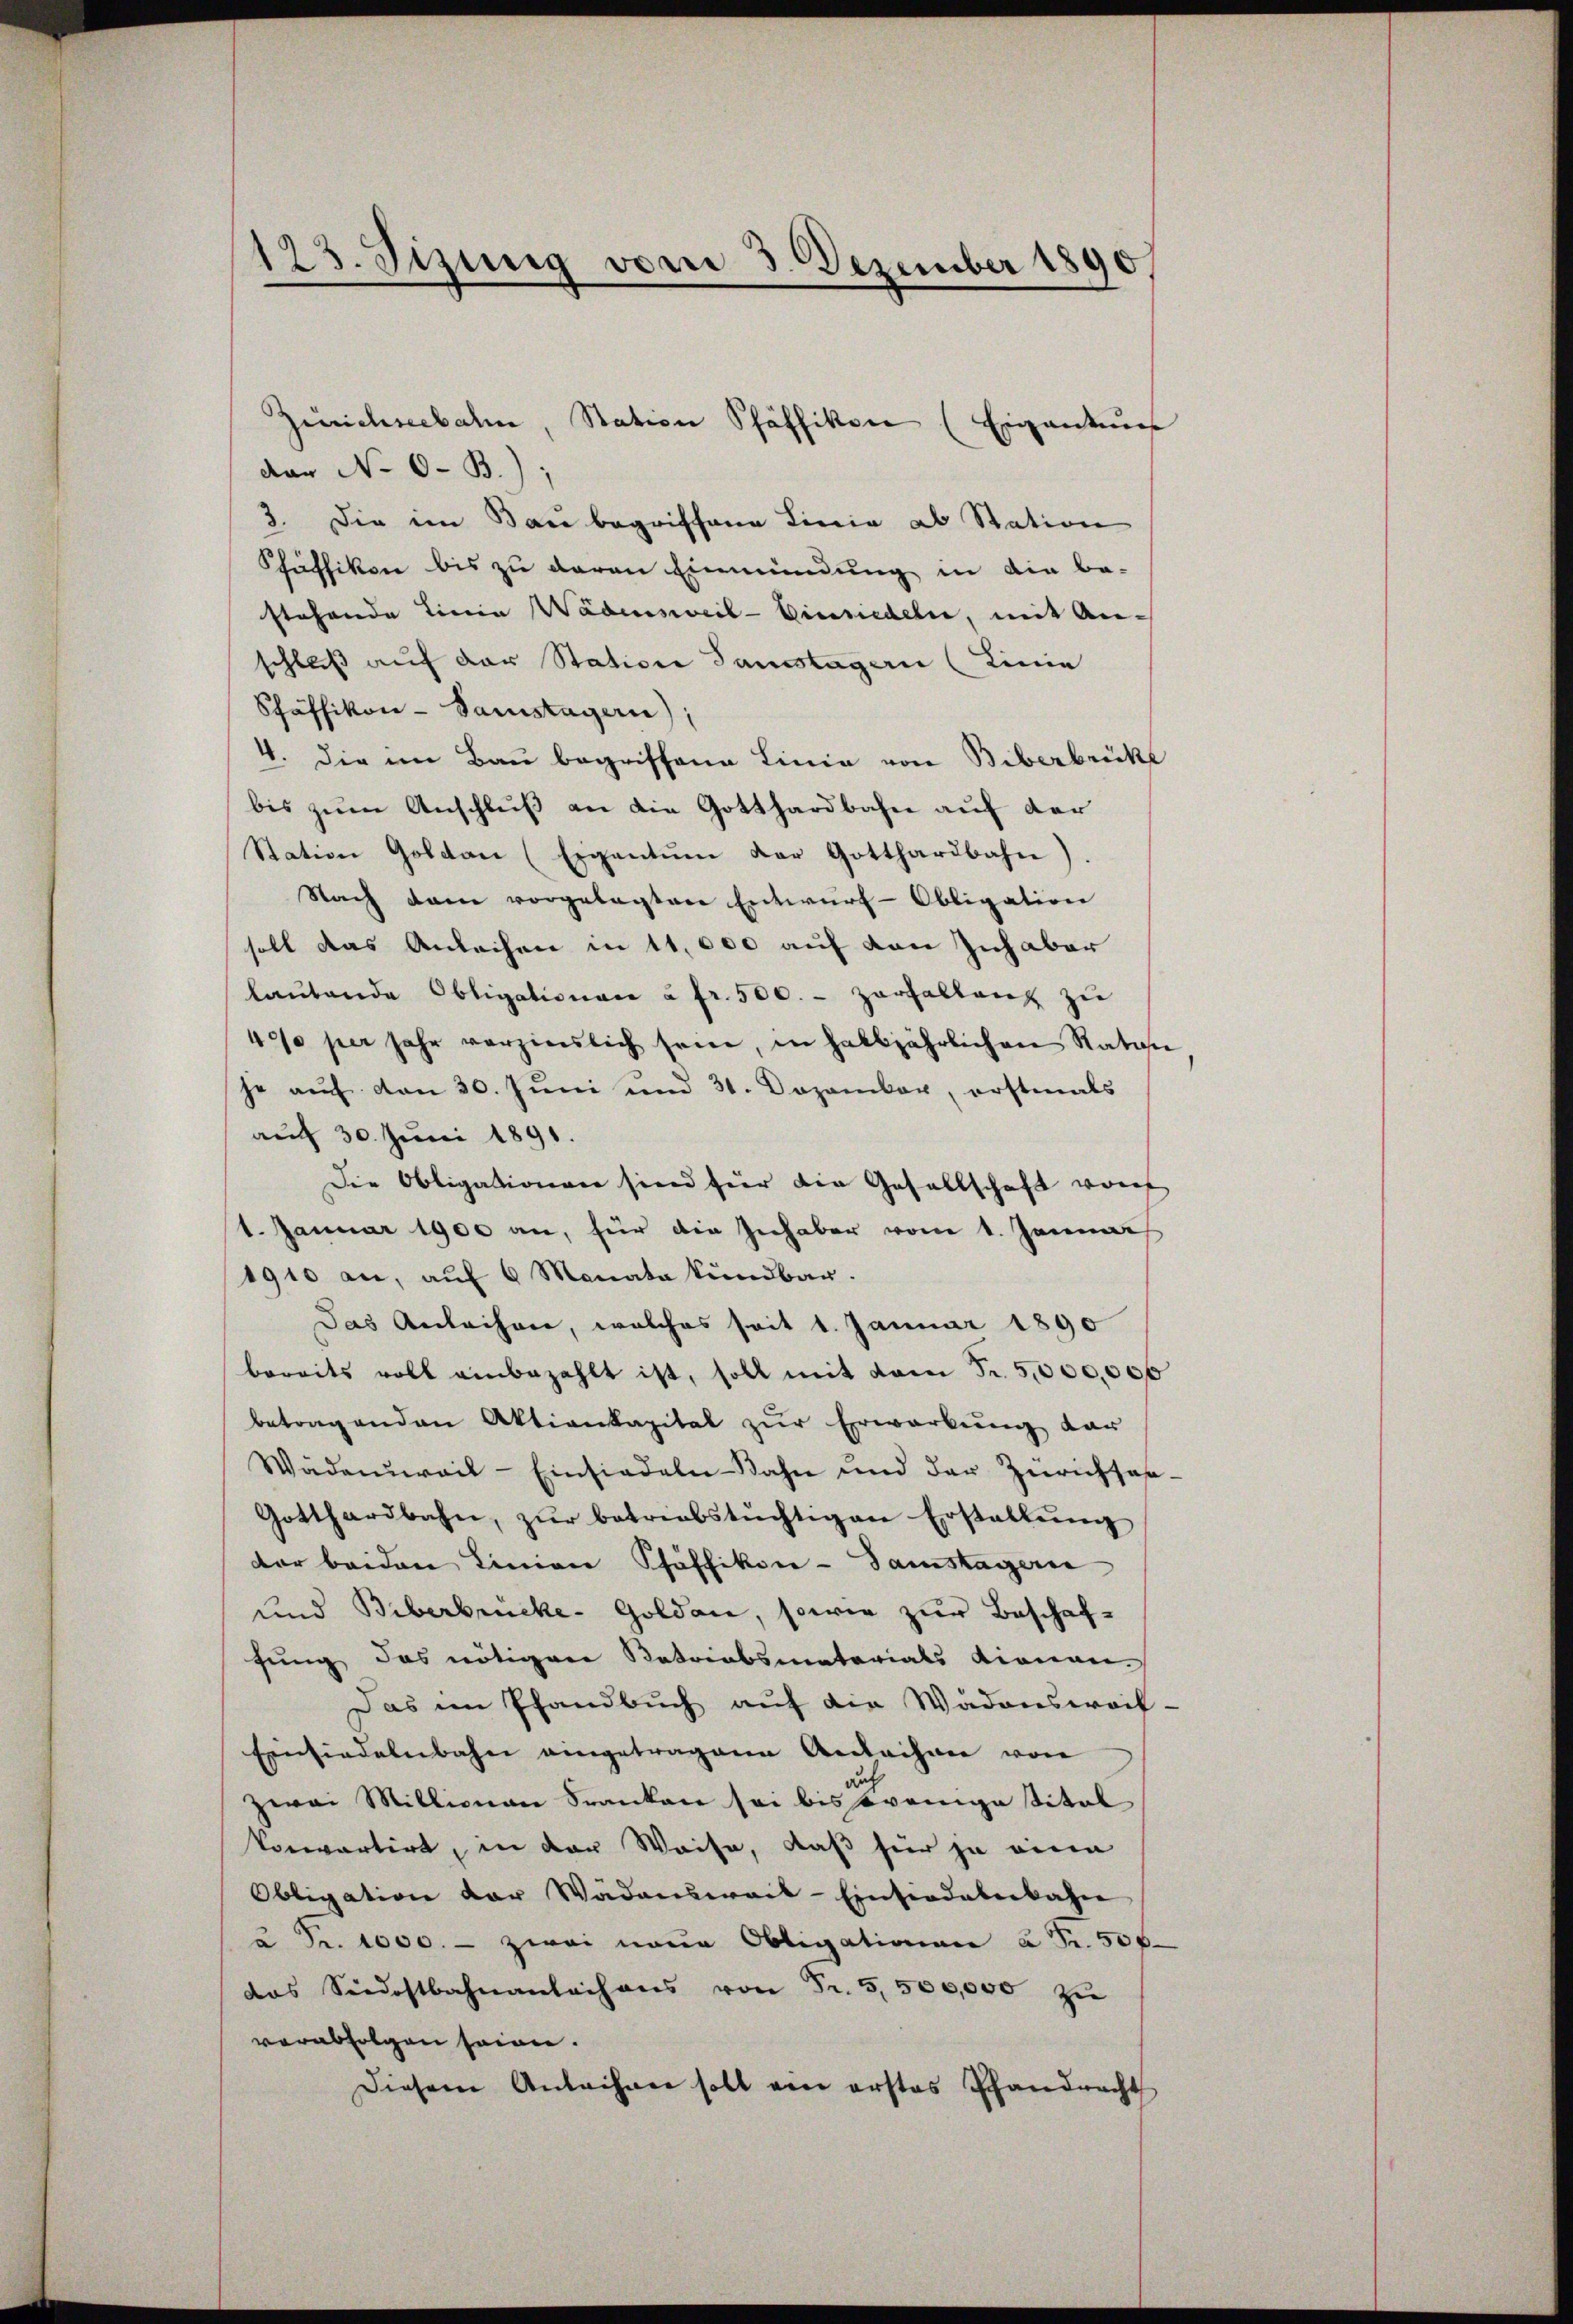
123. Jizung vom 3. Dezember 1890.

der No 0-B.);
3. Die im Bau begriffene Linie ab Station
Schäffikon bis zu daran Einmündung in die be-
stehende Linie Wädensweil–Einsiedeln, mit An-
schluß auf der Station Samstagern (Linie
Schäffikon - Samstagern),
4. die im Bau begriffene Linie von Biberbrücke
bis zŭm Anschluß an die Gotthardbahn auf der
Station Goldau (Eigentum der Gotthardbahne).
Nach dem vorgelegten Entwŭrf-Obligation
soll das Anleihen in 11,000 auf von Zuhaber
laŭtende Obligationae à fr. 500. - Zarhallenz zŭ
40/0 per sehr verzinslich sein, in halbjährlichen Ratan
je auf von 30. Juni und 31. Dezember, erstmals
auf 30. Juni 1891.
Die Obligationen sien für die Gesellschaft vorf
1. Januar 1900 an, für die Inhaber vom 1. Januar
1910 an, auf 6 Monata kündbar.
Das Anleihen, welches seit 1. Januar 1890
bereits voll einbezahlt ist, soll mit vom Fr. 5000,000
betragenden Aktienkapital zur Erwarkung dar
Wädenweil–Einsiedeln-Bahn und der Zürichsah-
Gotthardbahn, zŭr betriebstüchtigen Erstellŭng
der beiden Linien Pfäffikon - Samstagern
und Biberbrücke. Golden, sowie zur Beschaffung das nötigen Ratriabsmaterials dienen
Das im Pfandbuch auf die Wädenswaif-
Einsiedelnbahn eingetragene Andachmer von
gut
zwai Millionen Franken sei bis wenige Titel
Vorwartirt, in der Waise, daß hier ja eine
Obligation der Wädensweis-Einsiedlerbahn
u Fr. 1000.- zwei neue Obligationen à Fr. 50 f
das Siedostbahnanlachens von Fr. 5500,000 zŭ
verabfolgen seien.
Diesem Antechner soll ein erstes Pfandracht

Zürichseebahn, Station Pfäffikon (Eigentums